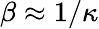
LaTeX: \beta\approx 1/\kappa